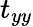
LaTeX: t_{yy}